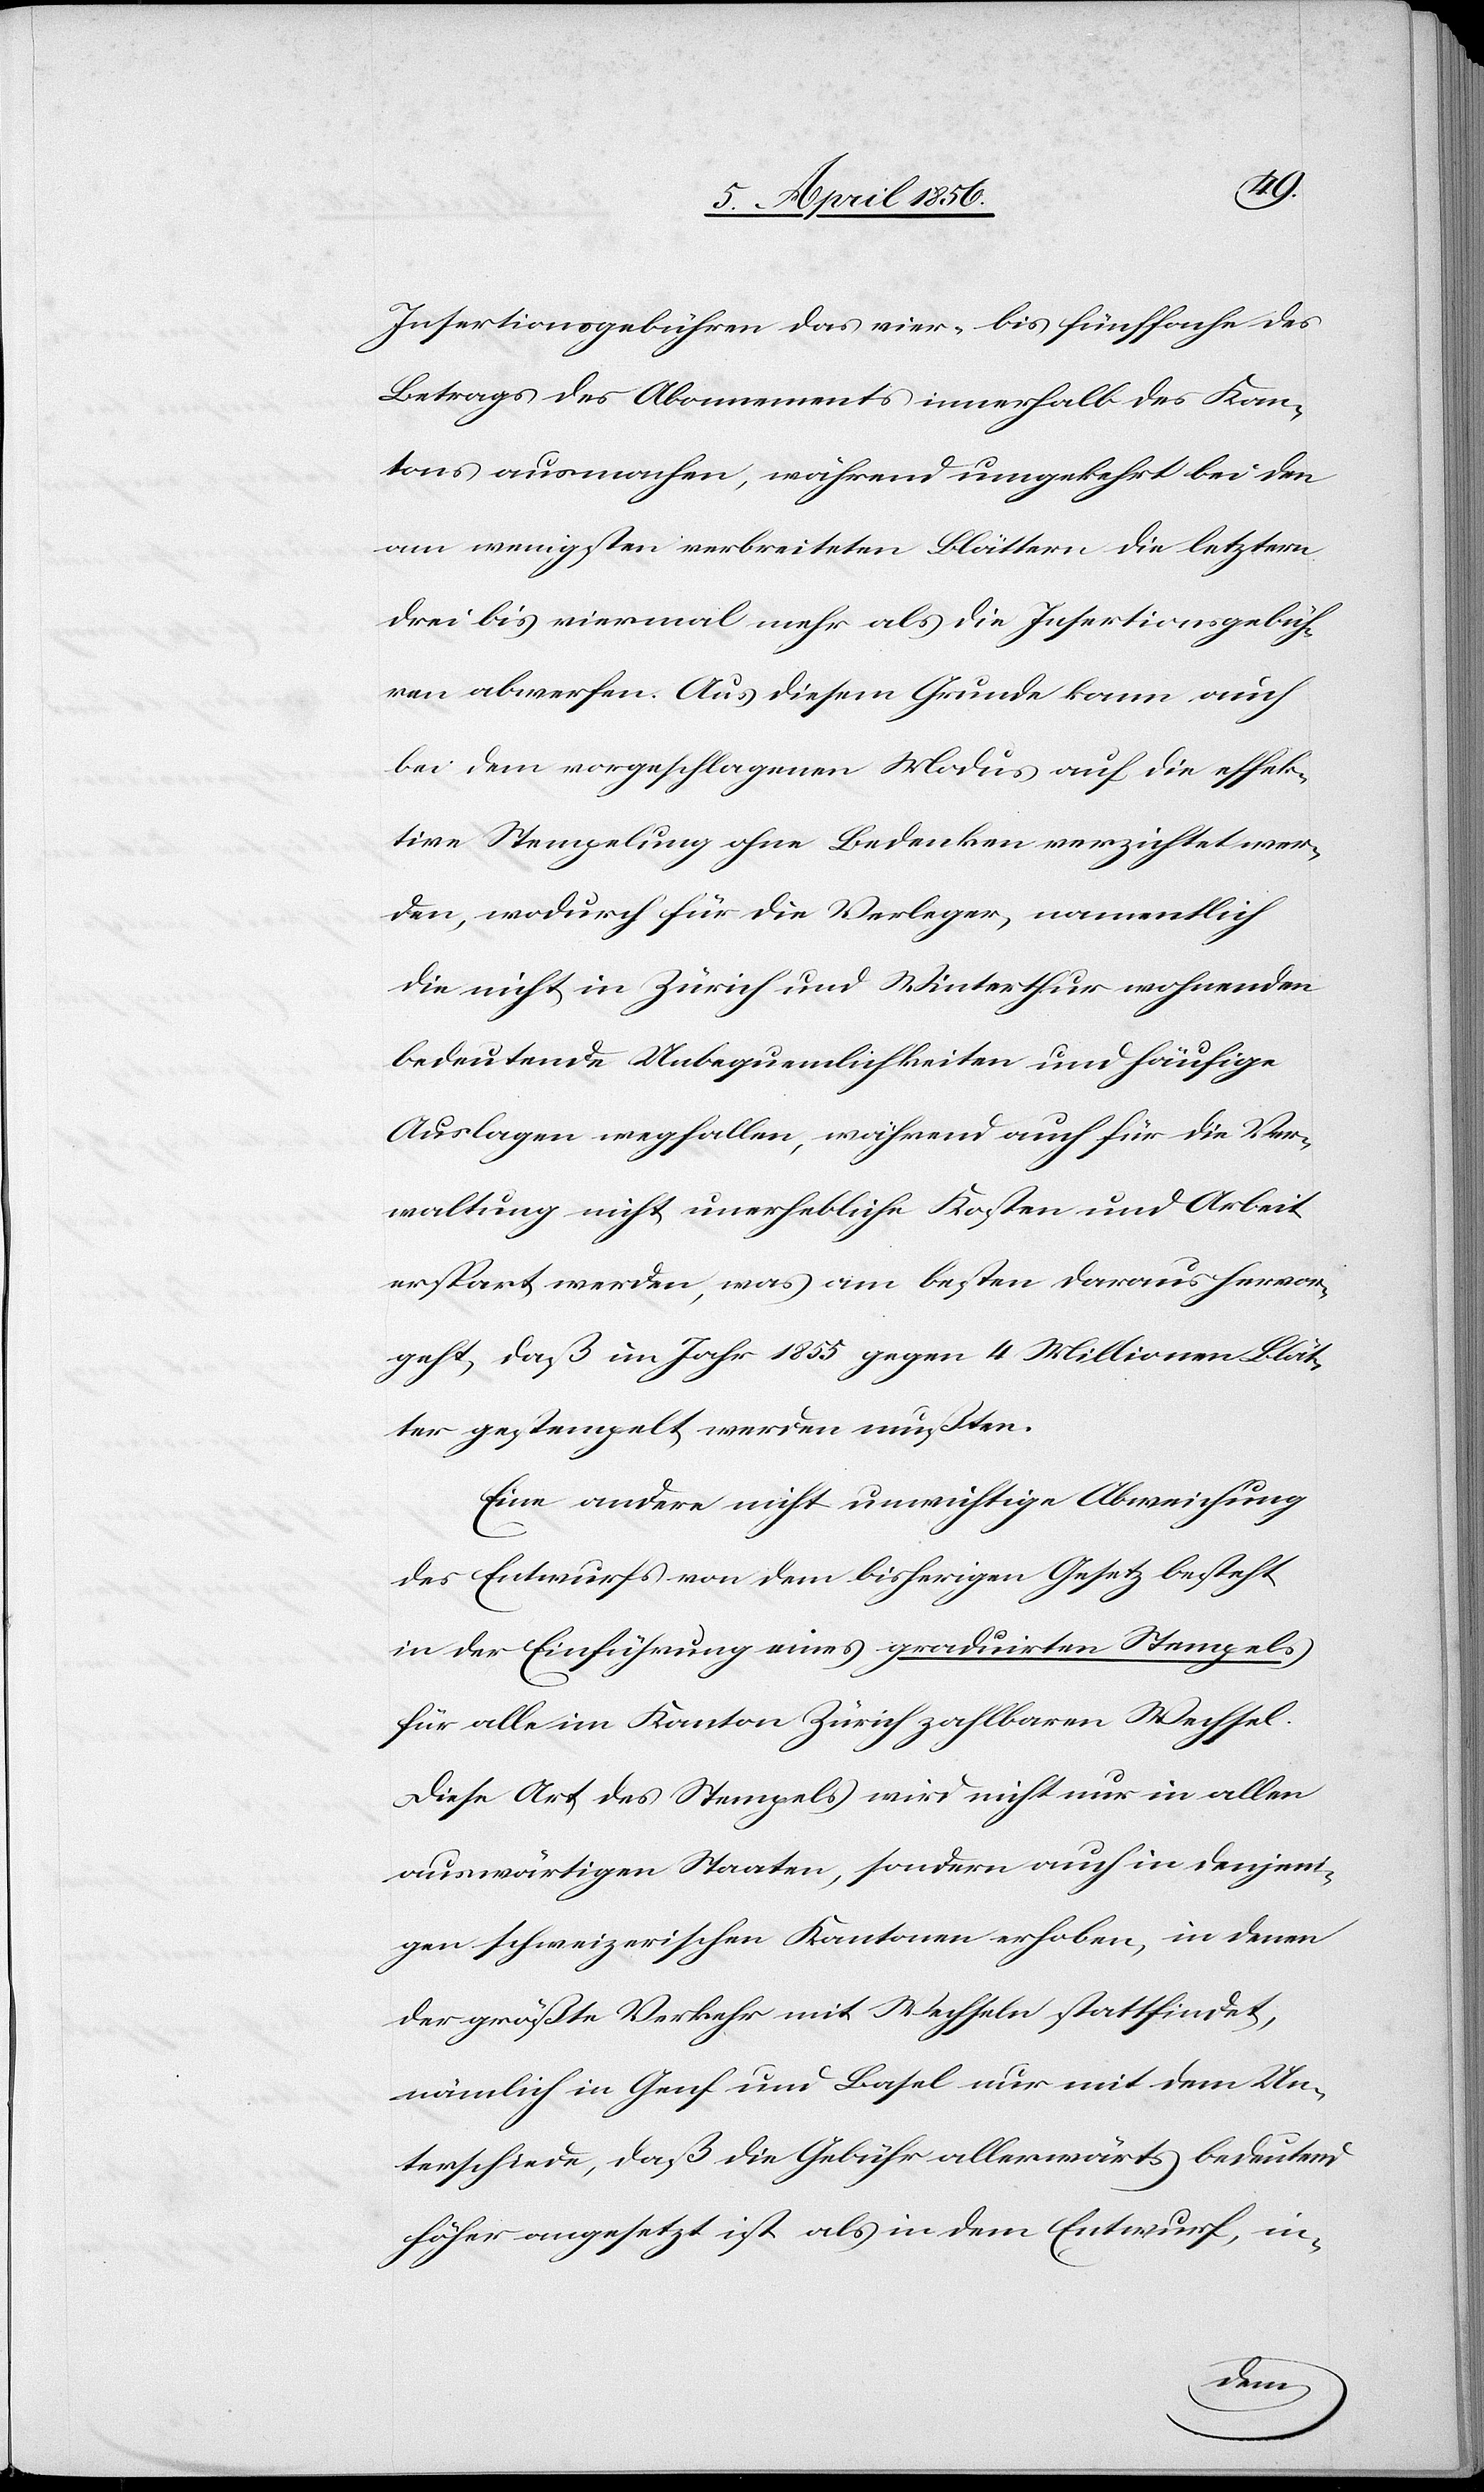
Insertionsgebühren das vier- bis fünffache des
Betrages der Abonnements innerhalb des Kan¬
tons ausmachen, während umgekehrt bei den
am wenigsten verbreiteten Blättern die letztern
drei[-] bis viermal mehr als die Insertionsgebüh¬
ren abwerfen. Aus diesem Grunde kann auch
bei dem vorgeschlagenen Modus auf die effek¬
tive Stempelung ohne Bedenken verzichtet wer¬
den, wodurch für die Verleger, namentlich
die nicht in Zürich und Winterthur wohnenden
bedeutende Unbequemlichkeiten und häufige
Auslagen wegfallen, während auch für die Ver¬
waltung nicht unerhebliche Kosten und Arbeit
erspart werden, was am besten daraus hervor¬
geht, daß im Jahr 1855 gegen 4 Millionen Blät¬
ter gestempelt werden mußten.
Eine andere nicht unwichtige Abweichung
des Entwurfs von dem bisherigen Gesetz besteht
in der Einführung eines graduirten Stempels
für alle im Kanton Zürich zahlbaren Wechsel.
Diese Art des Stempels wird nicht nur in allen
auswärtigen Staaten, sondern auch in denjeni¬
gen schweizerischen Kantonen erhoben, in denen
der größte Verkehr mit Wechseln stattfindet,
nämlich in Genf und Basel nur mit dem Un¬
terschiede, daß die Gebühr allerwärts bedeutend
höher angesetzt ist als in dem Entwurf, in-